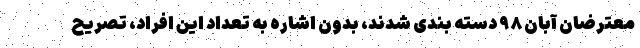
معترضان آبان ۹۸ دسته بندی شدند، بدون اشاره به تعداد این افراد، تصریح